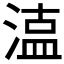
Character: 𭱦